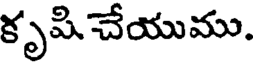
కృషి చేయుము.